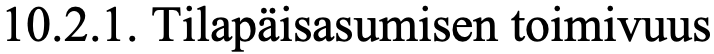
10.2.1. Tilapäisasumisen toimivuus